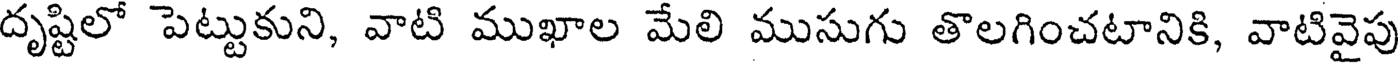
దృష్టిలో పెట్టుకుని, వాటి ముఖాల మేలి ముసుగు తొలగించటానికి, వాటివైపు